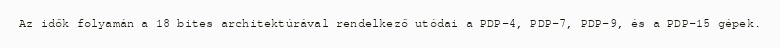
Az idők folyamán a 18 bites architektúrával rendelkező utódai a PDP-4, PDP-7, PDP-9, és a PDP-15 gépek.